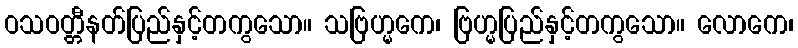
ဝသဝတ္တီနတ်ပြည်နှင့်တကွသော။ သဗြဟ္မကေ၊ ဗြဟ္မပြည်နှင့်တကွသော။ လောကေ၊